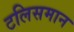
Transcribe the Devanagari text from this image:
टलिसमान